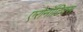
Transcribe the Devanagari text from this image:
एरोनॉटिक्‍स